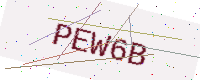
Text: PEW6B